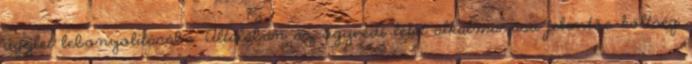
ügylet lebonyolításába. Általában az ügyvédi letét alkalmazása jelentős költség